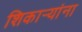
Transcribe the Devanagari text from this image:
शिकार्‍यांना